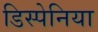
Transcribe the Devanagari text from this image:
डिस्पेनिया